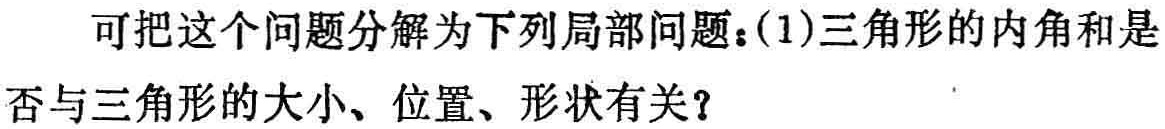
可把这个问题分解为下列局部问题：(1)三角形的内角和是否与三角形的大小、位置、形状有关？